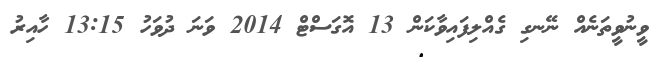
ވީނުވީތަނެއް ނޭނގި ގެއްލިފައިވާކަން 13 އޮގަސްޓް 2014 ވަނަ ދުވަހު 13:15 ހާއިރު